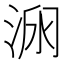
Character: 𱦥